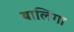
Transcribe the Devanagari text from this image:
बालिंगा